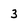
Character: 3